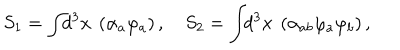
S _ { 1 } = \int \! \! d ^ { 3 } x ~ \left( \alpha _ { a } \varphi _ { a } \right) , \quad S _ { 2 } = \int \! \! d ^ { 3 } x ~ \left( \alpha _ { a b } \varphi _ { a } \varphi _ { b } \right) ,